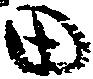
田